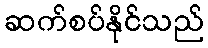
ဆက်စပ်နိုင်သည်